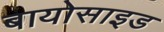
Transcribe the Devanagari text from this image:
बायोसाइड